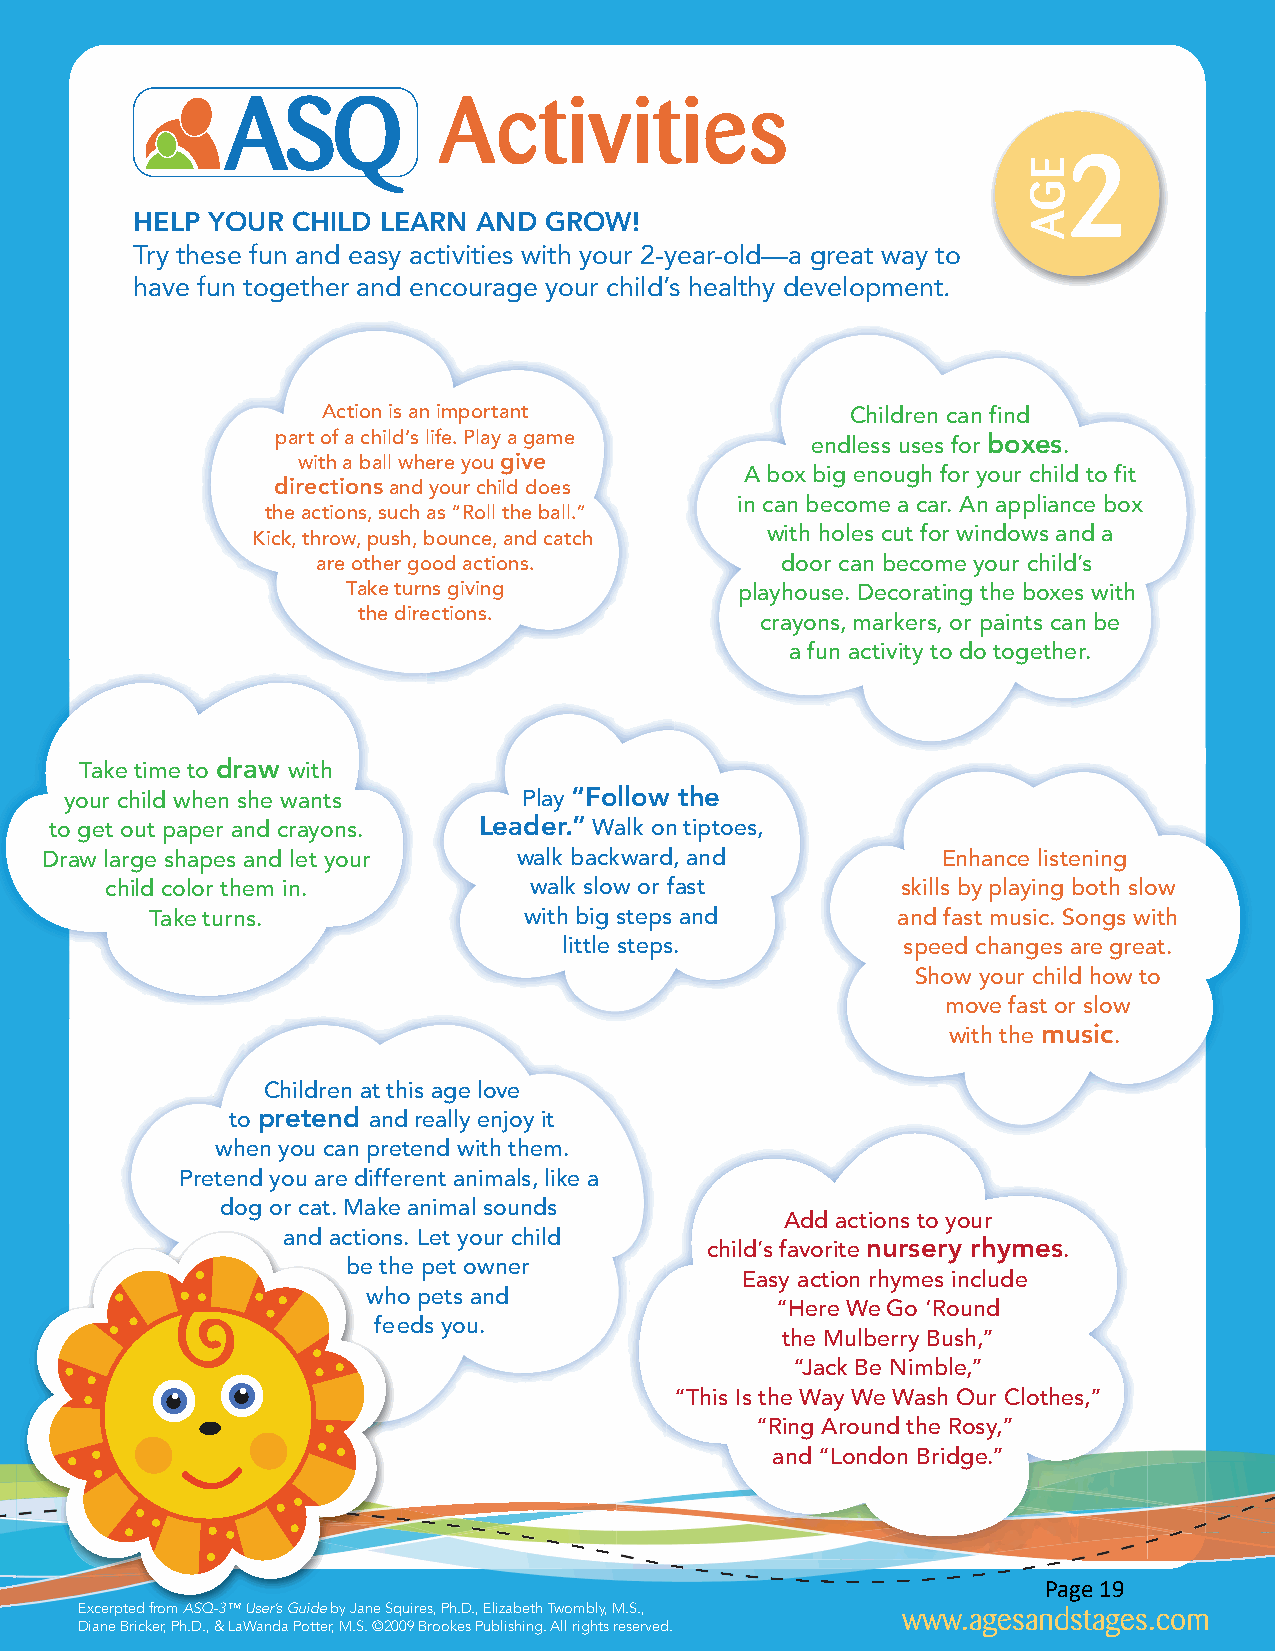
Activities
 2
 HELP YOUR CHILD LEARN AND  GROW!
 Try these fun and easy activities with your 2-year-old—a great way to
 have fun together and encourage your child’s healthy development.
 Action is an important             Children can find
 part of a child’s life. Play a game endless uses for boxes.
 with a ball where you give
 A box big enough for your child to fit
 directions and your child does
 in can become a car. An appliance box
 the actions, such as “Roll the ball.”
 Kick, throw, push, bounce, and catch with holes cut for windows and a
 are other good actions.        door can become your child’s
 Take turns giving         playhouse. Decorating the boxes with
 the directions.
 crayons, markers, or paints can be
 a fun activity to do together.
 Take time to draw with
 your child when she wants      Play “Follow the
 to get out paper and crayons. Leader.” Walk on tiptoes,
 Draw large shapes and let your walk backward, and          Enhance listening
 child color them in.        walk slow or fast        skills by playing both slow
 Take turns.              with big steps and      and fast music. Songs with
 little steps.          speed changes are great.
 Show your child how to
 move fast or slow
 with the music.
 Children at this age love
 to pretend and really enjoy it
 when you can pretend with them.
 Pretend you are different animals, like a
 dog or cat. Make animal sounds
 Add actions to your
 and actions. Let your child
 child’s favorite nursery rhymes.
 be the pet owner
 Easy action rhymes include
 who pets and
 “Here We Go ‘Round
 feeds you.
 the Mulberry Bush,”
 “Jack Be Nimble,”
 “This Is the Way We Wash Our Clothes,”
 “Ring Around the Rosy,”
 and “London Bridge.”
 Page 19
 Excerpted from ASQ-3™ User’s Guide by Jane Squires, Ph.D., Elizabeth Twombly, M.S., www.agesandstages.com
 Diane Bricker, Ph.D., & LaWanda Potter, M.S. ©2009 Brookes Publishing. All rights reserved.
 EGA